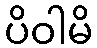
ပိဝါမိ